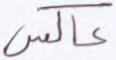
عاكس